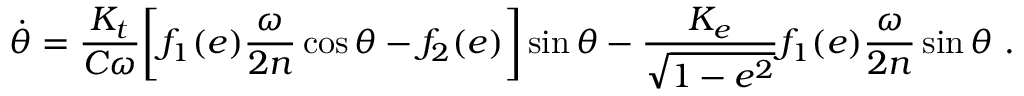
\dot { \theta } = \frac { { \cal K } _ { t } } { C \omega } \bigg [ f _ { 1 } ( e ) \frac { \omega } { 2 n } \cos \theta - f _ { 2 } ( e ) \bigg ] \sin \theta - \frac { { \cal K } _ { e } } { \sqrt { 1 - e ^ { 2 } } } f _ { 1 } ( e ) \frac { \omega } { 2 n } \sin \theta \ .